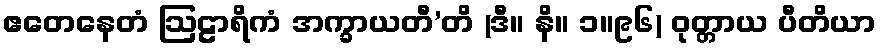
ဧတေနေတံ ဩဠာရိကံ အက္ခာယတီ’တိ (ဒီ။ နိ။ ၁။၉၆) ဝုတ္တာယ ပီတိယာ